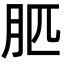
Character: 䏘